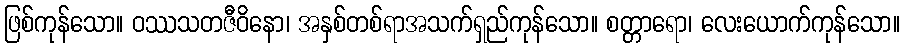
ဖြစ်ကုန်သော။ ဝဿသတဇီဝိနော၊ အနှစ်တစ်ရာအသက်ရှည်ကုန်သော။ စတ္တာရော၊ လေးယောက်ကုန်သော။